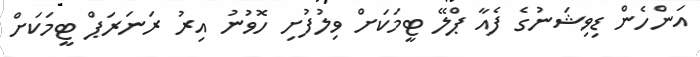
އަންހެން ޑިވިޝަނުގެ ފެއާ ޕްލޭ ޓީމަކަށް ވިލުފުށި ހޮވުނު އިރު ރަނަރަޕް ޓީމަކަށް